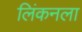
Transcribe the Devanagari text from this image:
लिंकनला